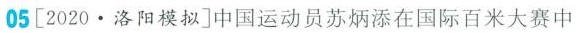
05 [2020 · 洛阳模拟] 中国运动员苏炳添在国际百米大赛中